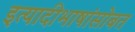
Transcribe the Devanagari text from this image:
इत्यादीभाषांसोबत